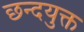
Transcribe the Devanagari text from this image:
छन्दयुक्त